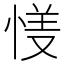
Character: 𱞦